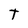
Character: T